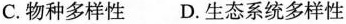
C.物种多样性 D.生态系统多样性